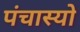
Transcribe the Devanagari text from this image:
पंचास्यो